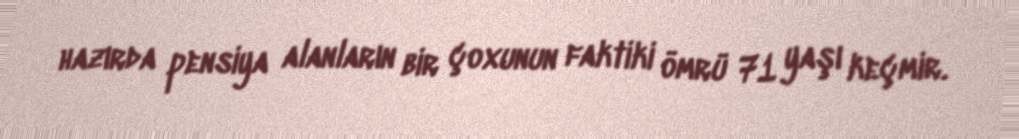
hazırda pensiya alanların bir çoxunun faktiki ömrü 71 yaşı keçmir.